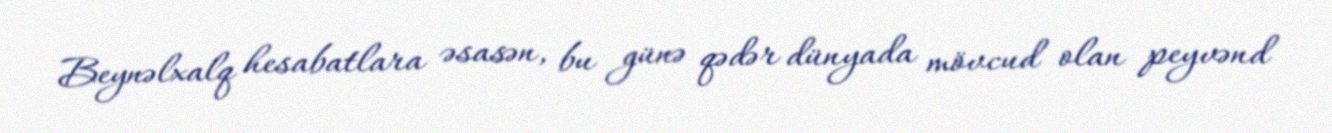
Beynəlxalq hesabatlara əsasən, bu günə qədər dünyada mövcud olan peyvənd